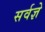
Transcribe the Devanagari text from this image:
सर्वज्ञे